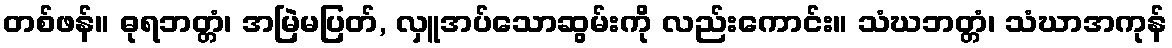
တစ်ဖန်။ ဓုရဘတ္တံ၊ အမြဲမပြတ်, လှူအပ်သောဆွမ်းကို လည်းကောင်း။ သံဃဘတ္တံ၊ သံဃာအကုန်